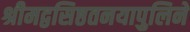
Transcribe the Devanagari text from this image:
श्रीमद्वसिष्ठतनयापुलिने